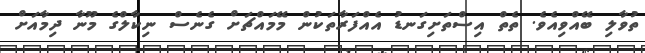
ތުވާލި ބޭއްވިއެވެ. ތެތް އިސްތަށިގަނޑު އެއްފަރާތަކުން މޭމައްޗަށް ގެނެސް ނިކާލްގެ މޫނާ ދިމާއަށް